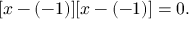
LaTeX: [ x - ( - 1 ) ] [ x - ( - 1 ) ] = 0 .